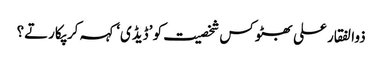
ذوالفقار علی بھٹو کس شخصیت کو ’ڈیڈی‘ کہہ کر پکارتے؟